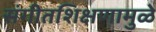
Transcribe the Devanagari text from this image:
संगीतशिक्षणामुळे